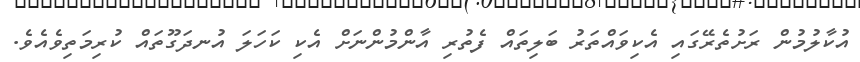
އުކާލުމުން ރަށުތެރޭގައި އެކިވައްތަރު ބަލިތައް ފެތުރި އާންމުންނަށް އެކި ކަހަލަ އުނދަގޫތައް ކުރިމަތިވެއެވެ.